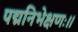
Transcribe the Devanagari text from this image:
पद्मनिभेक्षणः।।